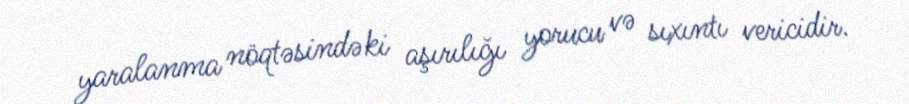
yaralanma nöqtəsindəki aşırılığı yorucu və sıxıntı vericidir.